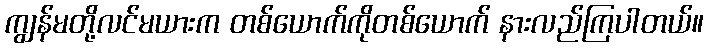
ကျွန်မတို့လင်မယားက တစ်ယောက်ကိုတစ်ယောက် နားလည်ကြပါတယ်။